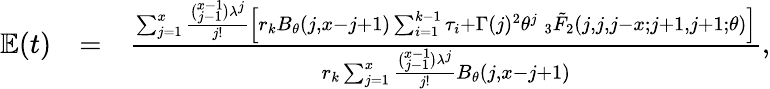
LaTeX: \begin{array}{rlr}{\mathbb{E}(t)}&{=}&{\frac{\sum_{j=1}^{x}\frac{\binom{x-1}{j-1}\lambda^{j}}{j!}\Big[r_{k}B_{\theta}(j,x-j+1)\sum_{i=1}^{k-1}\tau_{i}+\Gamma(j)^{2}{\theta}^{j}\: _{3}\tilde{F}_{2}(j,j,j-x;j+1,j+1;\theta)\Big]}{r_{k}\sum_{j=1}^{x}\frac{\binom{x-1}{j-1}\lambda^{j}}{j!}B_{\theta}(j,x-j+1)},}\end{array}